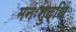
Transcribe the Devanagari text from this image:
मनःशुद्धिं